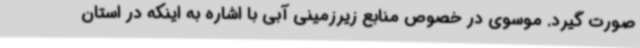
صورت گیرد. موسوی در خصوص منابع زیرزمینی آبی با اشاره به اینکه در استان